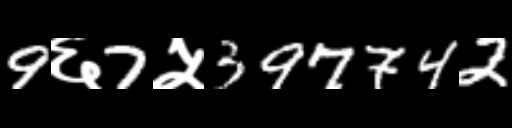
Text: 9६7५397742